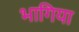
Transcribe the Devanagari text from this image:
भागिया